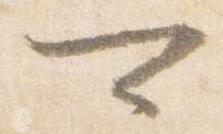
可